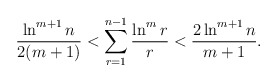
\begin{align*}\frac{\ln^{m+1} n}{2(m+1)}<\sum_{r=1}^{n-1} \frac{\ln^m r}{r}<\frac{2 \ln^{m+1} n}{m+1}.\end{align*}